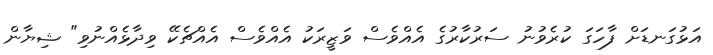
އަޅުގަނޑަށް ފާހަގަ ކުރެވުނު ސަރުކާރުގެ އެއްވެސް ވަޒީރަކު އެއްވެސް އެއްޗެކޭ ވިދާޅެއްނުވި" ޝިޔާން